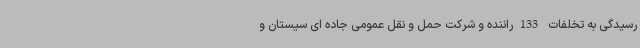
رسیدگی به تخلفات 133راننده و شرکت حمل و نقل عمومی جاده ای سیستان و